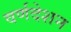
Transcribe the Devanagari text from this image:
वर्णदेशन